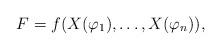
LaTeX: \begin{align*}F=f(X(\varphi_1),\ldots, X(\varphi_n)),\end{align*}